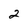
Character: 2